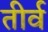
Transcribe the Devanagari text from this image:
तीर्व